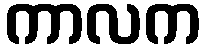
ကာလက